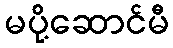
မပို့ဆောင်မီ